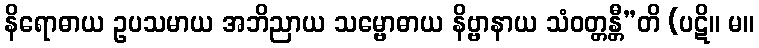
နိရောဓာယ ဥပသမာယ အဘိညာယ သမ္ဗောဓာယ နိဗ္ဗာနာယ သံဝတ္တန္တီ”တိ (ပဋိ။ မ။